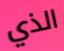
الذي